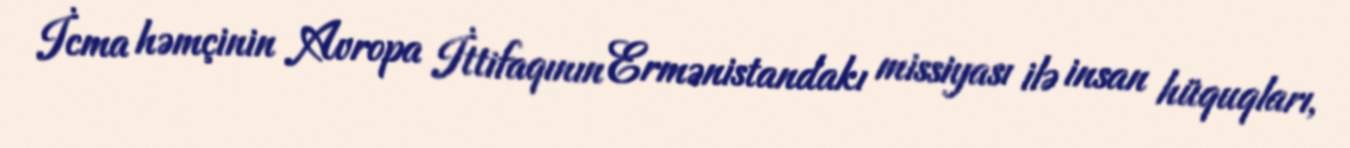
İcma həmçinin Avropa İttifaqının Ermənistandakı missiyası ilə insan hüquqları,